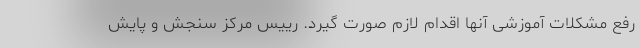
رفع مشکلات آموزشی آنها اقدام لازم صورت گیرد. رییس مرکز سنجش و پایش